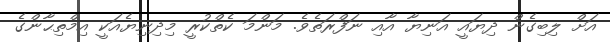
އަށް ލިބިގެން ދިޔައީ އަނިޔާ އާއި ނަފްރަތެވެ. މަންމަ ކެތްކުރީ މިދިނިޔެއަކީ އިމްތިޙާންގެ